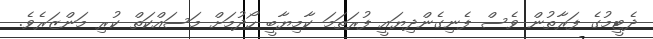
ދެޓީމުގެ ފަރާތުން ވެސް ފެނިގެންދިޔައީ ފުރަތަމަ ކާމިޔާބީ ހޯދުމަށް މަސައްކަތް ކުރި މަންޒަރެވެ.